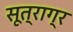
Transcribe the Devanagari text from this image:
सूत्राग्र